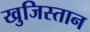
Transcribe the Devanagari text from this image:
खुजिस्तान